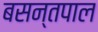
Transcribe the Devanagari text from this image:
बसन्तपाल